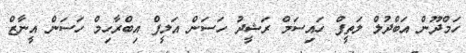
ހަމްދޫން އަބްދުލް ލަތީފް ހައިސަމް ރަޝީދު ހަސަން އަލީފް އިބްރާހިމް ހަސަން އީނާޒް